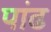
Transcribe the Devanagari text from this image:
पांढ